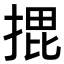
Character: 𭡨